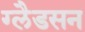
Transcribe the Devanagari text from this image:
ग्लैडसन